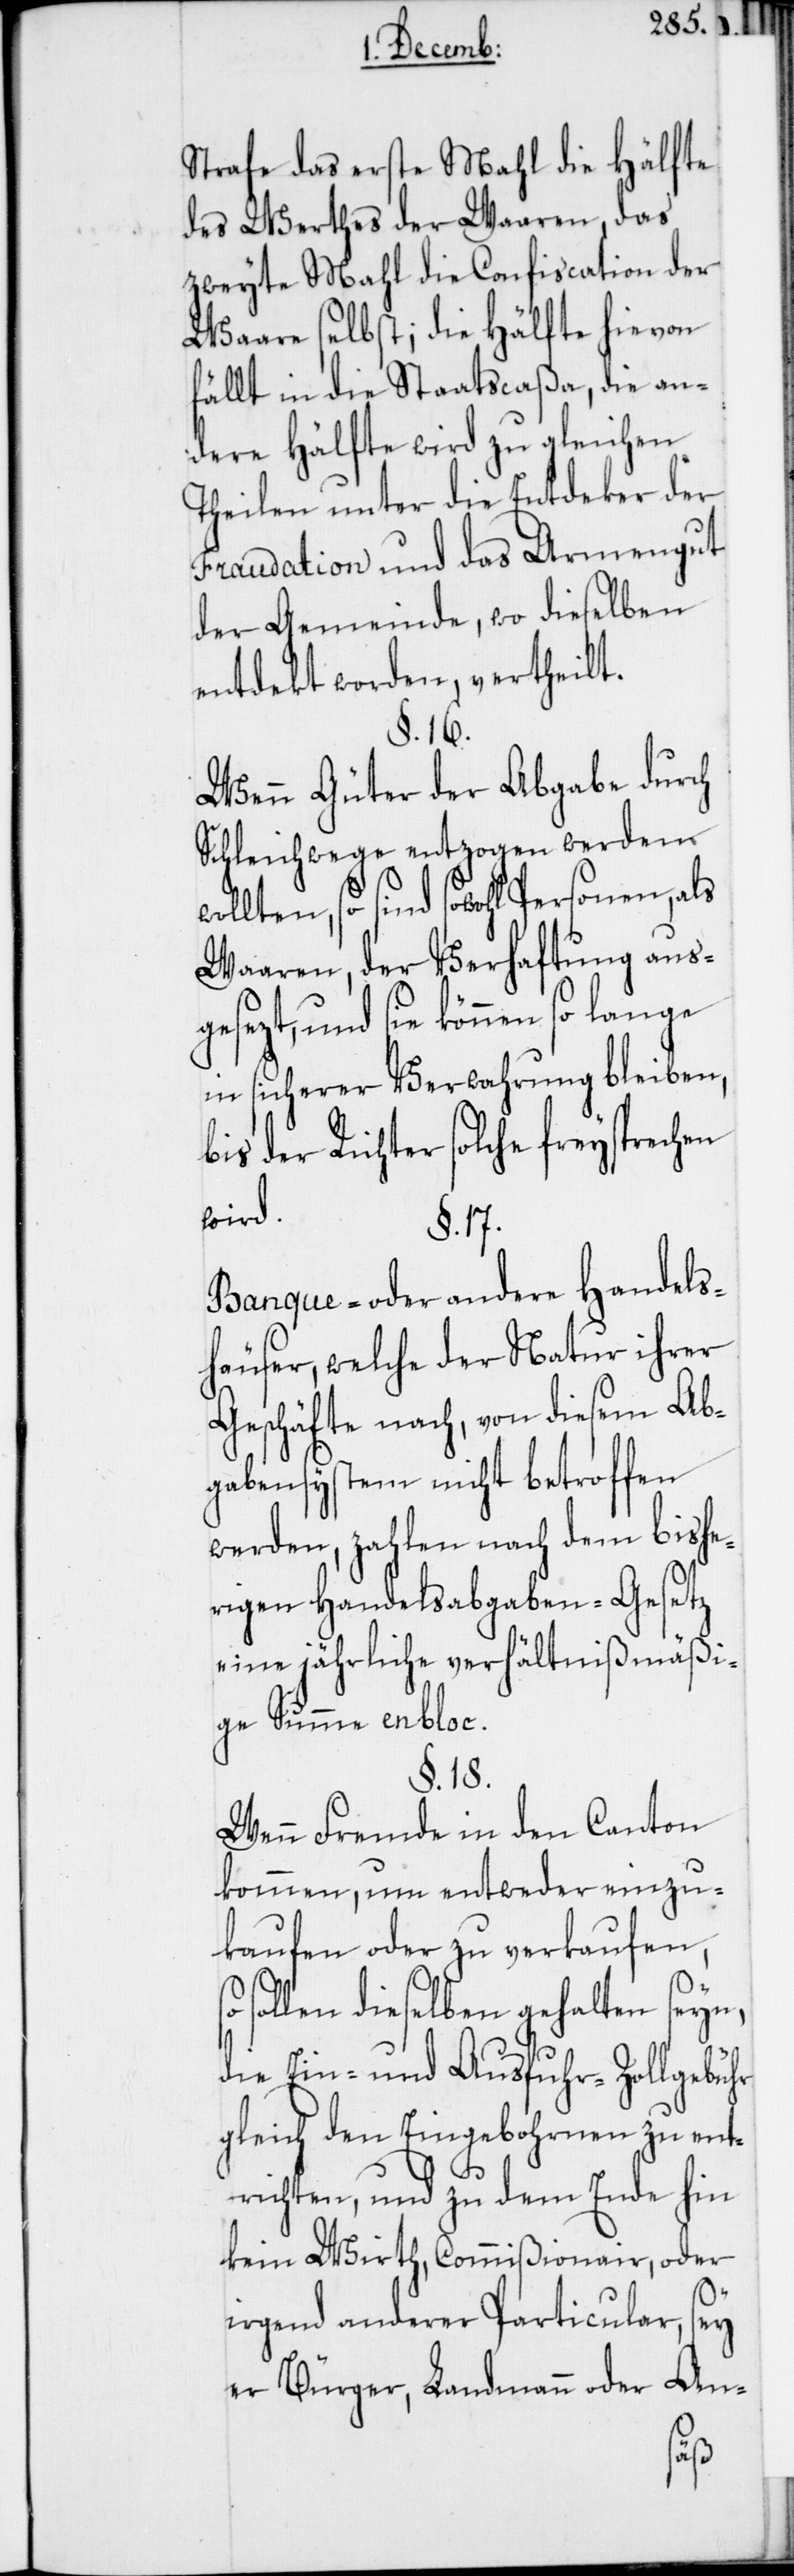
Strafe das erste Mahl die Hälfte
des Werthes der Waaren, das
zweyte Mahl die Confiscation der
Waare selbst; die Hälfte hievon
fällt in die Staatscaßa, die an¬
dere Hälfte wird zu gleichen
Theilen unter die Entdeker der
Fraudation und das Armengut
der Gemeinde, wo dieselben
entdekt worden, vertheilt.
§. 16.
Wenn Güter der Abgabe durch
Schleichwege entzogen werden
lten, so sind sowohl Personen, als
Waaren, der Verhaftung aus¬
gesezt, und sie können so lange
in sicherer Verwahrung bleiben,
bis der Richter solche freysprechen
wird.
§. 17.
Banque- oder andere Handels¬
häuser, welche der Natur ihrer
Geschäfte nach, von diesem Ab¬
gabensystem nicht betroffen
werden, zahlen nach dem bishe¬
rigen Handelsabgaben-Gesetz
eine jährliche verhältnißmäßi¬
ge Summe en bloc.
§. 18.
Wenn Fremde in den Canton
kommen, um entweder einzu¬
kaufen oder zu verkaufen,
sollen dieselben gehalten seyn,
die Ein- und Ausfuhr-Zollgebühr
gleich den Eingebohrnen zu ent¬
richten, und zu dem Ende hin
kein Wirth, Commißionair, oder
irgend anderer Particular, sey
An-
er Bürger, Landmann oder
wol¬